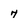
Character: 7